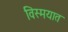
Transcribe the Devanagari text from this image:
विस्मयात